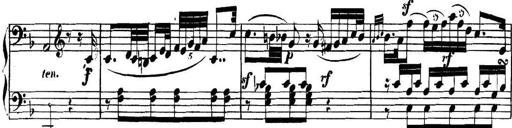
Title: Collected Piano Sonatas
Composer: Muzio Clementi